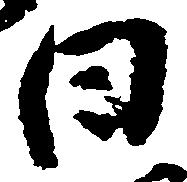
日